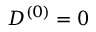
D ^ { ( 0 ) } = 0